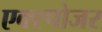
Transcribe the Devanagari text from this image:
एक्‍स्पोजर